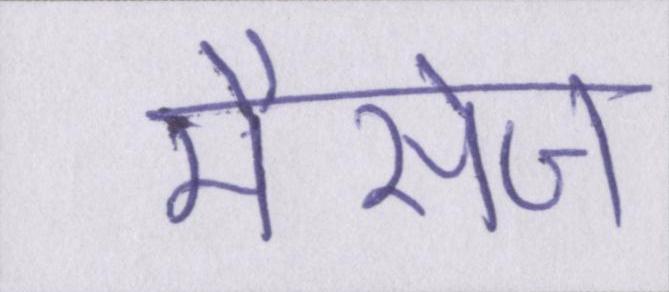
मैसेज